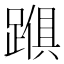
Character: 𮜅